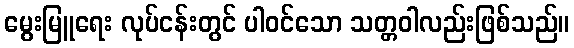
မွေးမြူရေး လုပ်ငန်းတွင် ပါဝင်သော သတ္တဝါလည်းဖြစ်သည်။